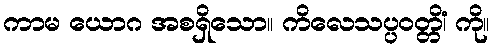
ကာမ ယောဂ အစရှိသော။ ကိလေသပ္ပဝတ္တိံ၊ ကို။